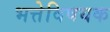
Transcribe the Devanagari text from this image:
भत्तेविषयक